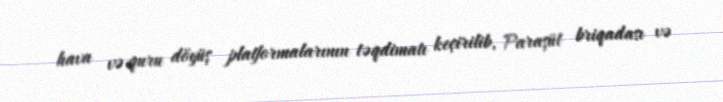
hava və quru döyüş platformalarının təqdimatı keçirilib, Paraşüt briqadası və